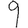
Digit: 9